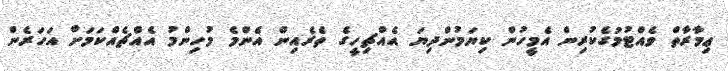
ޢިމާރާތް ވެއްޓުމުގެކުރިން އެމީހުން ކިޔަމުންދިޔަ އެއްޗިހީގެ ތެރެއިން އެންމެ މުހިންމު އެއްޗެއްކަމަށް އަހަރެން